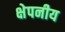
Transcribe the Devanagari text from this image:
क्षेपनीय